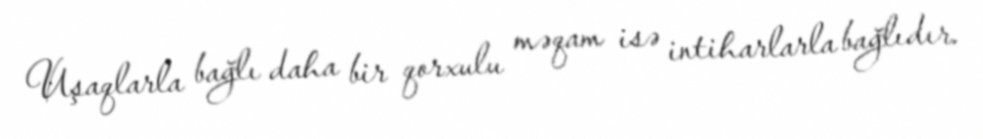
Uşaqlarla bağlı daha bir qorxulu məqam isə intiharlarla bağlıdır.